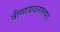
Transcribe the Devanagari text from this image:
वीणावादनतत्परा